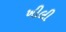
ખીલી